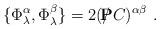
LaTeX: \begin{align*}\{ \Phi^{\alpha }_{\lambda } , \Phi ^{\beta }_{\lambda } \}= 2 ( / {\hskip - 0.27 cm {\bf P}}C)^{\alpha \beta} \ .\end{align*}